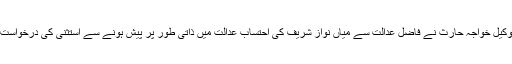
میاں نواز شریف کے وکیل خواجہ حارث نے فاضل عدالت سے میاں نواز شریف کی احتساب عدالت میں ذاتی طور پر پیش ہونے سے استثنیٰ کی درخواست 9 اکتوبر کو دی تھی۔